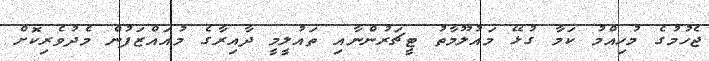
ޖެހުމުގެ މުހިއްމު ކަމާ ގުޅޭ މައުލޫމާތު ޓީޗަރުންނާއި ތައުލީމީ ދާއިރާގެ މުއައްޒަފުން މެދުވެރިކޮށް